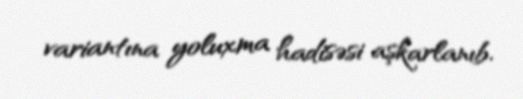
variantına yoluxma hadisəsi aşkarlanıb.